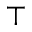
\top